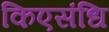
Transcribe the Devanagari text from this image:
किएसंधि